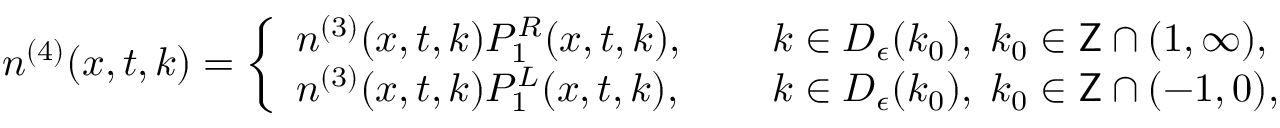
\begin{array} { r } { n ^ { ( 4 ) } ( x , t , k ) = \left\{ \begin{array} { l l } { n ^ { ( 3 ) } ( x , t , k ) P _ { 1 } ^ { R } ( x , t , k ) , \quad \; } & { k \in D _ { \epsilon } ( k _ { 0 } ) , \; k _ { 0 } \in \mathsf { Z } \cap ( 1 , \infty ) , } \\ { n ^ { ( 3 ) } ( x , t , k ) P _ { 1 } ^ { L } ( x , t , k ) , \quad } & { k \in D _ { \epsilon } ( k _ { 0 } ) , \; k _ { 0 } \in \mathsf { Z } \cap ( - 1 , 0 ) , } \end{array} \right. } \end{array}